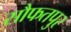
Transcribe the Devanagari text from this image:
सौफतपुर